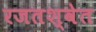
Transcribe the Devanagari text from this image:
रजतश्वेत